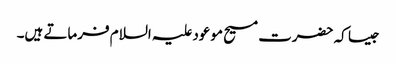
جیسا کہ حضرت مسیح موعود علیہ السلام فرماتے ہیں۔